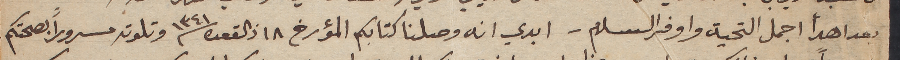
بعد اهدأ اجمل التحية واوفر السلام - ابدي انه وصلنا كتابكم المؤرخ ١٨ ذالقعده سنة ١٣٤١ وتلوته مسروراً بصحتكم